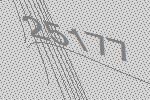
25177